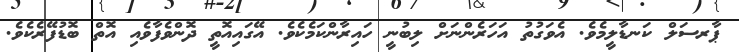
ޕާރސަލް ކަނޑާލީމެވެ. އެވަގުތު އަހަރެންނަށް ލިބުނީ ހައިރާންކަމެކެވެ. އޭގައިއޮތީ ދޮންވެފާވެއި އޮތް ބޮޑުފޭރެކެވެ.